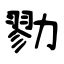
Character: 勠